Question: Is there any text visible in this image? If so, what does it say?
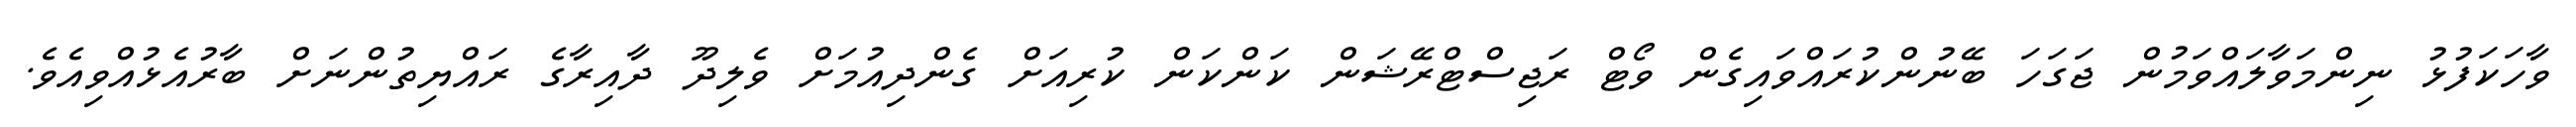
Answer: ވާހަކަފުޅު ނިންމަވާލައްވަމުން ޖަގަހަ ބޭނުންކުރައްވައިގެން ވޯޓް ރަޖިސްޓްރޭޝަން ކަންކަން ކުރިއަށް ގެންދިއުމަށް ވެލިދޫ ދާއިރާގެ ރައްޔިތުންނަށް ބާރުއެޅުއްވިއެވެ.